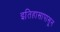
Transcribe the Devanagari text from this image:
इतिहासापासून